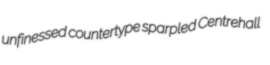
unfinessed countertype sparpled Centrehall